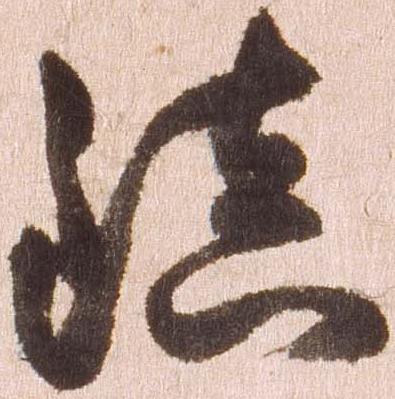
鎮